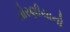
તોરણીયાનો